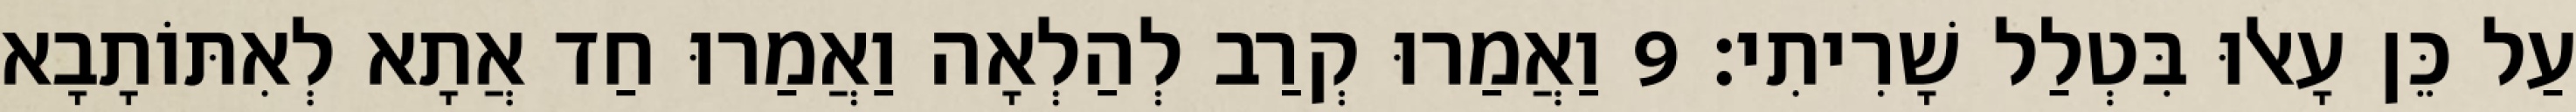
עַל כֵּן עָאלוּ בִּטְלַל שָׁרִיתִי׃ 9 וַאֲמַרוּ קְרַב לְהַלְאָה וַאֲמַרוּ חַד אֲתָא לְאִתּוֹתָבָא